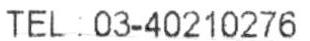
TEL : 03-40210276